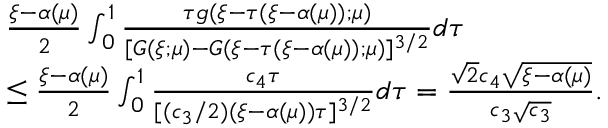
\begin{array} { r l } & { \frac { \xi - \alpha ( \mu ) } { 2 } \int _ { 0 } ^ { 1 } \frac { \tau g ( \xi - \tau ( \xi - \alpha ( \mu ) ) ; \mu ) } { [ G ( \xi ; \mu ) - G ( \xi - \tau ( \xi - \alpha ( \mu ) ) ; \mu ) ] ^ { 3 / 2 } } d \tau } \\ & { \le \frac { \xi - \alpha ( \mu ) } { 2 } \int _ { 0 } ^ { 1 } \frac { c _ { 4 } \tau } { [ ( c _ { 3 } / 2 ) ( \xi - \alpha ( \mu ) ) \tau ] ^ { 3 / 2 } } d \tau = \frac { \sqrt 2 c _ { 4 } \sqrt { \xi - \alpha ( \mu ) } } { c _ { 3 } \sqrt { c _ { 3 } } } . } \end{array}